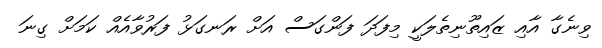
ވިނެގާ އާއި ޒައިތޫނިތެލަކީ މިފަދަ ފަންގަސް އަށް ރަނގަޅު ފަރުވާއެއް ކަމަށް ގިނަ